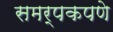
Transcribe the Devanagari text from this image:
समर्पकपणे